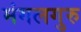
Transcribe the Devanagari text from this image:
मंगलगुरु